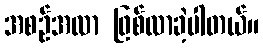
အစဉ်အလာ ဖြစ်လာခဲ့ပါတယ်။